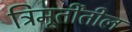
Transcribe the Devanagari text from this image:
त्रिमूर्तींतील